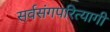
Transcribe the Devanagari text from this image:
सर्वसंगपरित्यागी